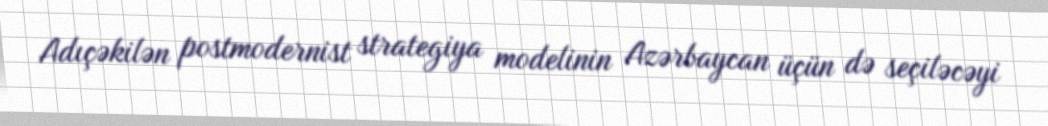
Adıçəkilən postmodernist strategiya modelinin Azərbaycan üçün də seçiləcəyi